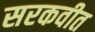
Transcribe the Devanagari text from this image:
सरकवीत